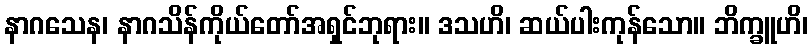
နာဂသေန၊ နာဂသိန်ကိုယ်တော်အရှင်ဘုရား။ ဒသဟိ၊ ဆယ်ပါးကုန်သော။ ဘိက္ခူဟိ၊